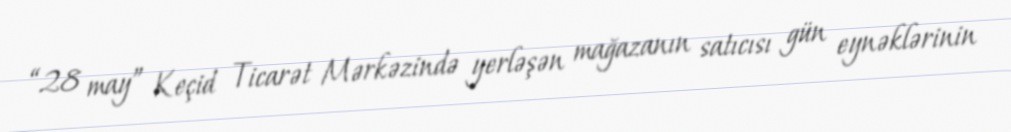
“28 may” Keçid Ticarət Mərkəzində yerləşən mağazanın satıcısı gün eynəklərinin